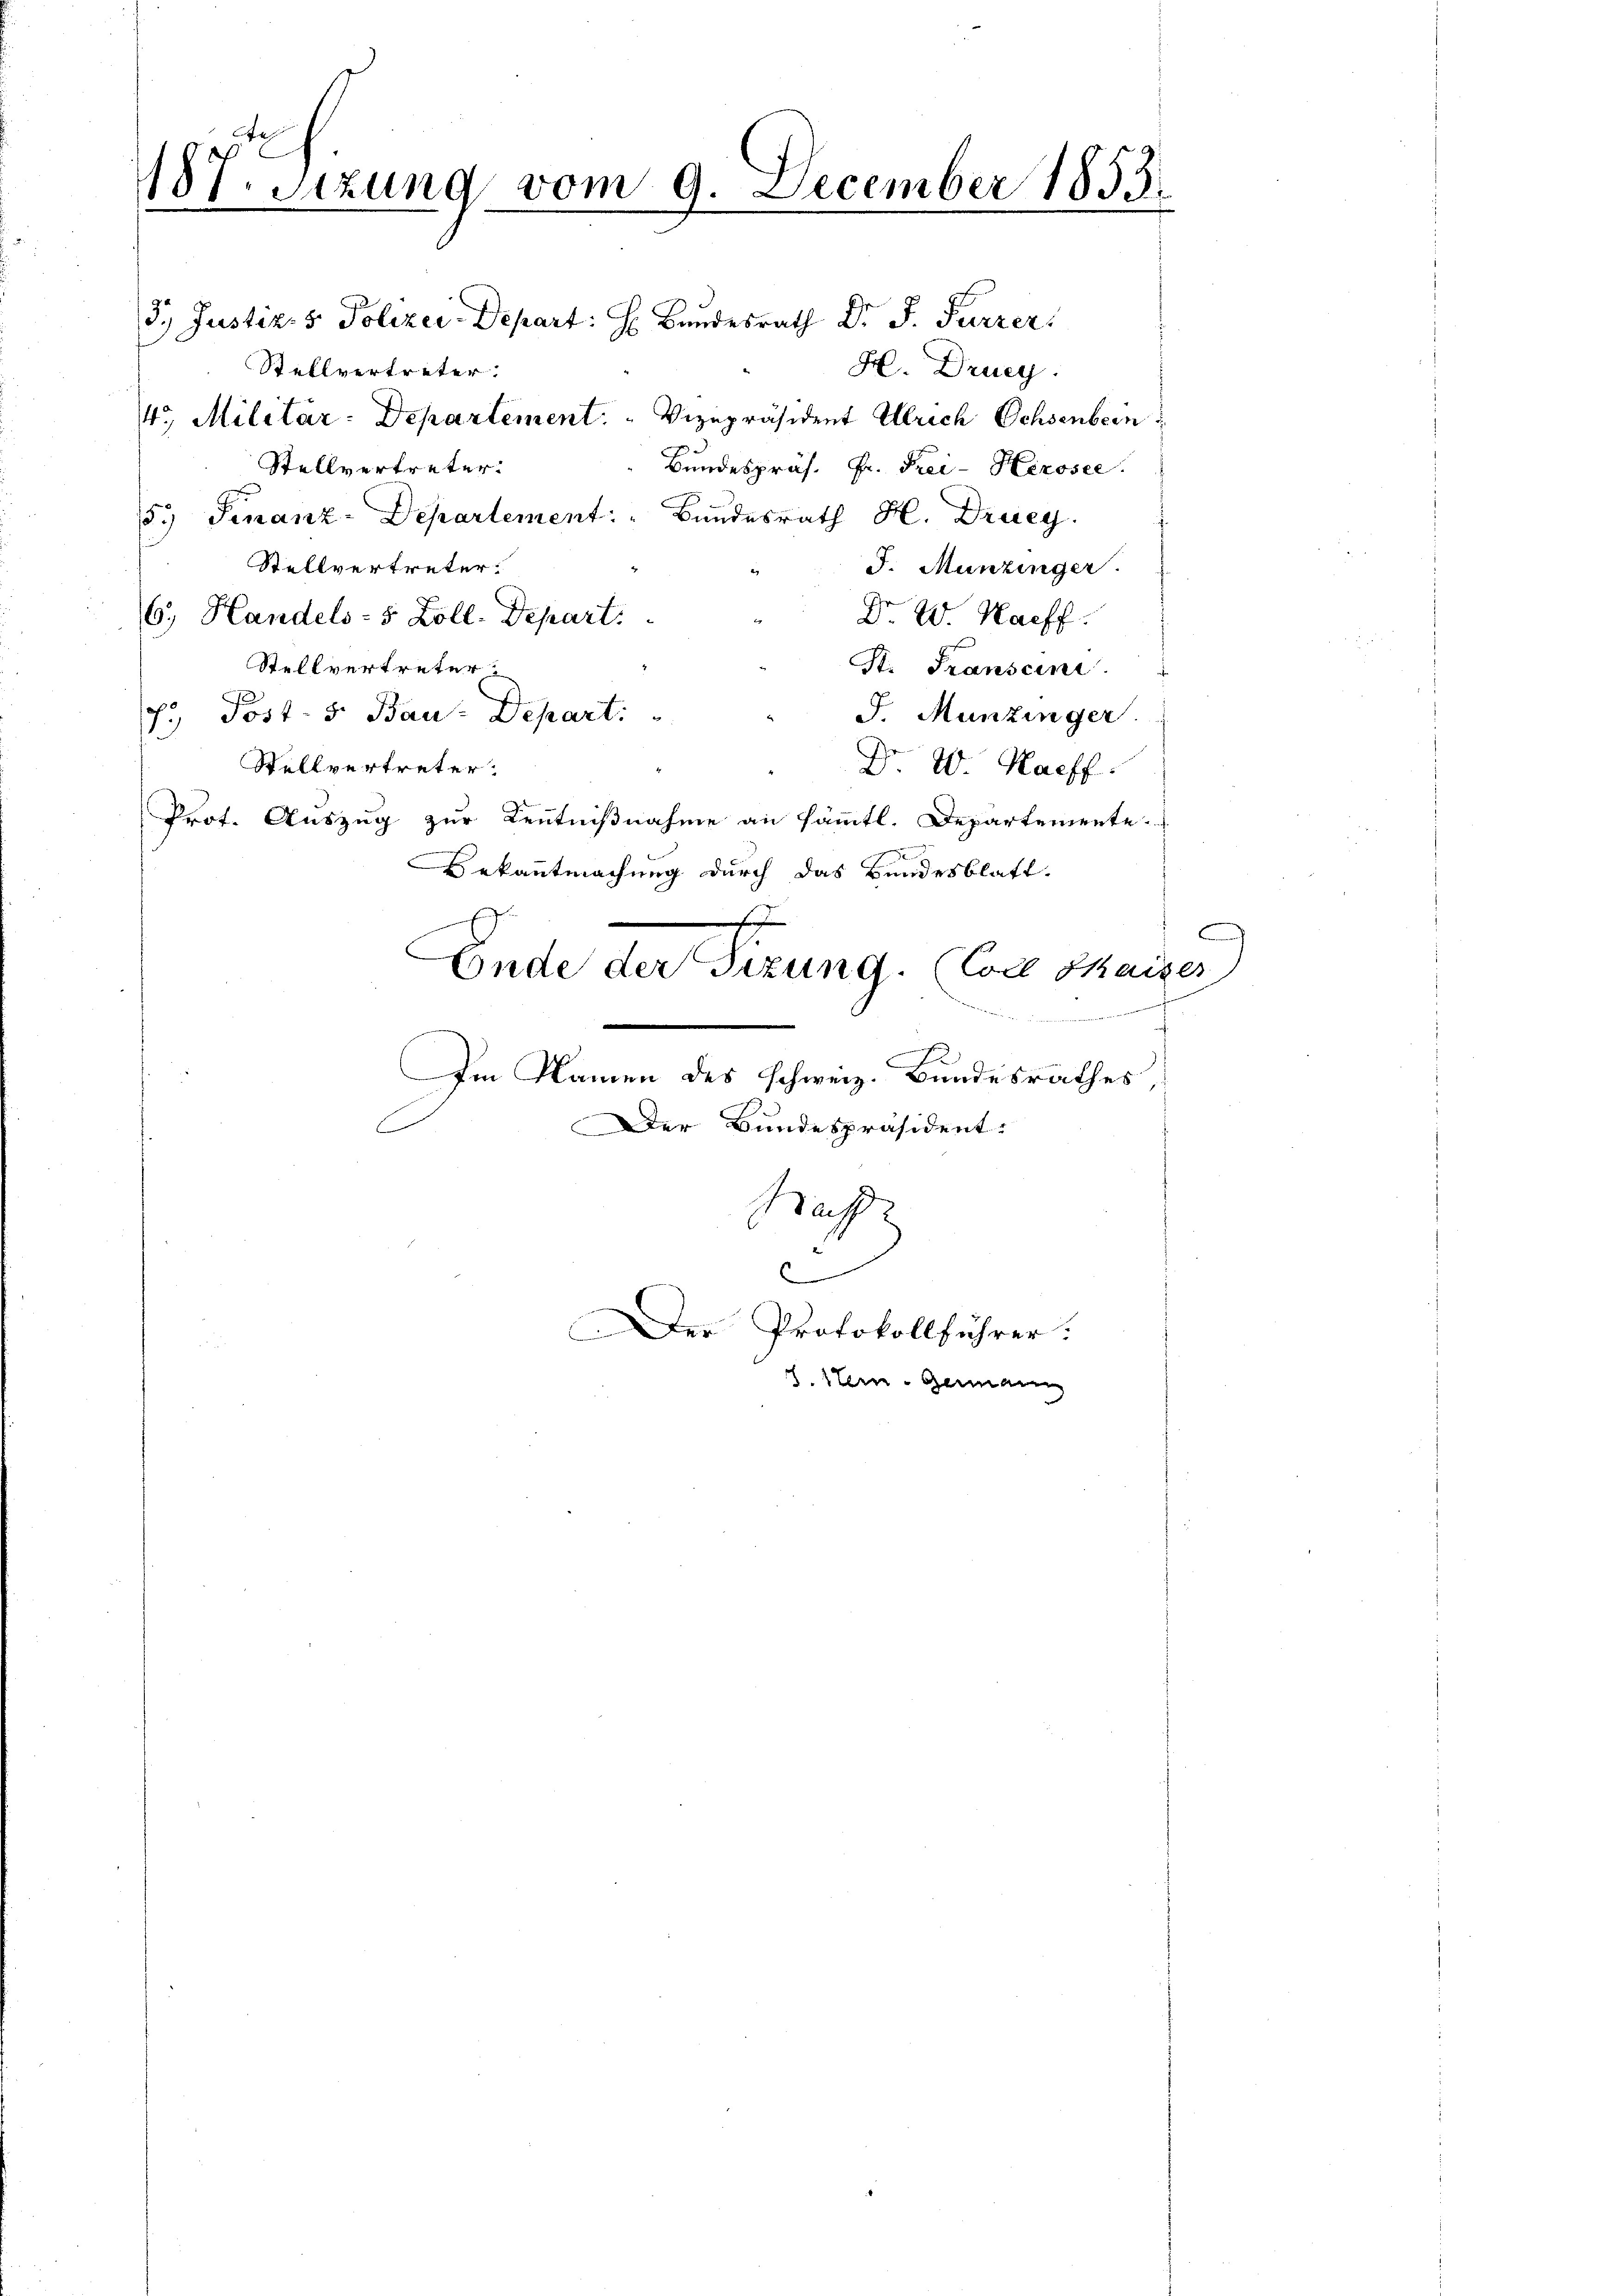
187. Sitzung vom 9. December 1853.

3. Justiz & Polizei-Depart: H. Bundesrath Dr J. Furzer
Stellvertreter.
H. Drueg.
4. Militär-Departement. " Vizepräsident Ulrich Ochsenbein
Stellvertreter.
Bundespräs. Hr. Frei-Kerosee.
5.) Finanz-Departement: " Bundesrath H. Druey.
Stellvertreter.
J. Münzinger.
6) Handels- 5 Zoll-Depart.
Dr. W. Haeff.
Stellvertreter:
St. Franscini
J. Munzinger.
7. Post- 5. Bau-Depart.
Stellvertreter.
Dr W. Haeff.
Prot. Auszug zur Kenntnißnahme an sämmtl. Departemente.
Bekanntmachung durch das Bundesblatt.
d
Ende der Sizung. Coll Saiser
nnern eine
x
Im Namen des schweiz. Bundesrathes,
C
Der Bundespräsident-

Bas
e
Der Protokollführer:
S. Stern - Genann